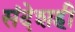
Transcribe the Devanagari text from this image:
संदेशही